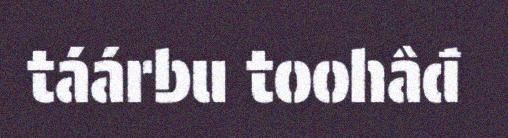
táárbu toohâđ